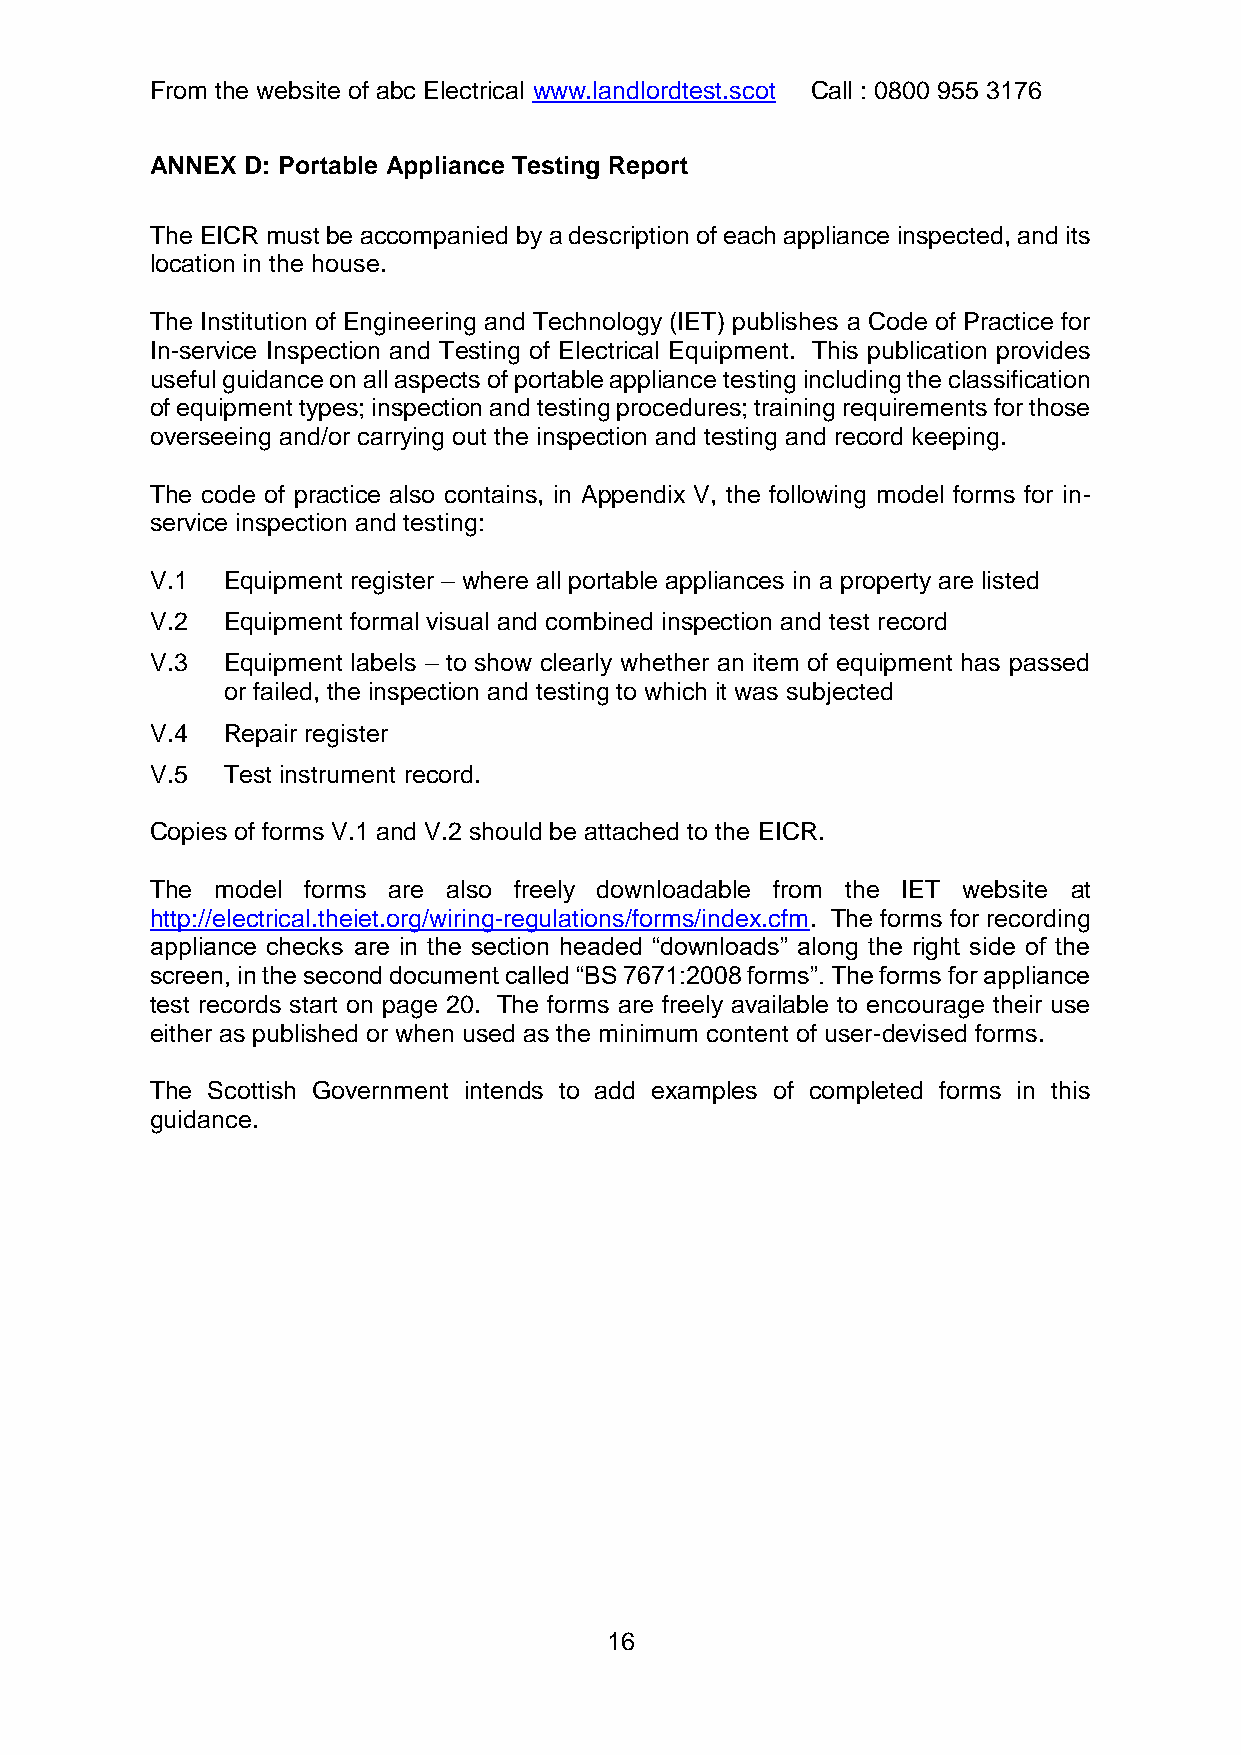
From the website of abc Electrical www.landlordtest.scot Call : 0800 955 3176
 ANNEX D: Portable Appliance Testing Report
 The EICR must be accompanied by a description of each appliance inspected, and its
 location in the house.
 The Institution of Engineering and Technology (IET) publishes a Code of Practice for
 In-service Inspection and Testing of Electrical Equipment. This publication provides
 useful guidance on all aspects of portable appliance testing including the classification
 of equipment types; inspection and testing procedures; training requirements for those
 overseeing and/or carrying out the inspection and testing and record keeping.
 The code of practice also contains, in Appendix V, the following model forms for in-
 service inspection and testing:
 V.1  Equipment register – where all portable appliances in a property are listed
 V.2  Equipment formal visual and combined inspection and test record
 V.3  Equipment labels – to show clearly whether an item of equipment has passed
 or failed, the inspection and testing to which it was subjected
 V.4  Repair register
 V.5  Test instrument record.
 Copies of forms V.1 and V.2 should be attached to the EICR.
 The model forms are also freely downloadable from the IET website at
 http://electrical.theiet.org/wiring-regulations/forms/index.cfm. The forms for recording
 appliance checks are in the section headed “downloads” along the right side of the
 screen, in the second document called “BS 7671:2008 forms”. The forms for appliance
 test records start on page 20. The forms are freely available to encourage their use
 either as published or when used as the minimum content of user-devised forms.
 The Scottish Government intends to add examples of completed forms in this
 guidance.
 16